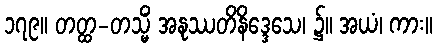
၁၇၉။ တတ္ထ-တသ္မိံ အနုဿတိနိဒ္ဒေသေ၊ ၌။ အယံ၊ ကား။